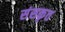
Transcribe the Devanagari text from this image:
संसकृत